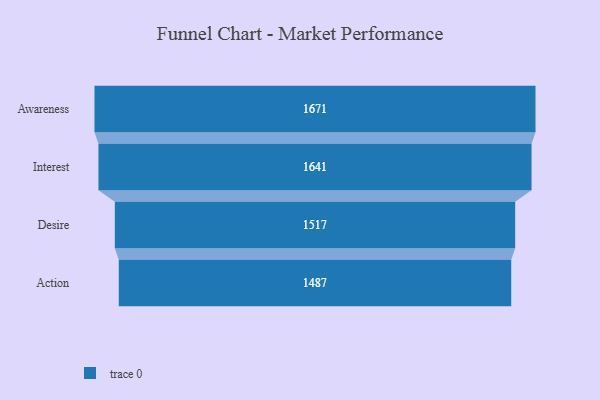
{"axis": {"x": "Stage", "y": "Value"}, "legend": [""], "data": [{"x": "Awareness", "y": 1671.0, "type": ""}, {"x": "Interest", "y": 1641.0, "type": ""}, {"x": "Desire", "y": 1517.0, "type": ""}, {"x": "Action", "y": 1487.0, "type": ""}]}